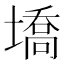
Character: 墧